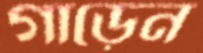
গাড়েন